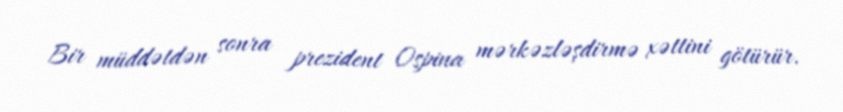
Bir müddətdən sonra prezident Ospina mərkəzləşdirmə xəttini götürür.